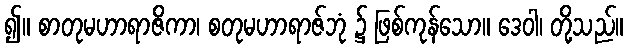
၍။ စာတုမဟာရာဇိကာ၊ စတုမဟာရာဇ်ဘုံ ၌ ဖြစ်ကုန်သော။ ဒေဝါ၊ တို့သည်။